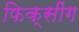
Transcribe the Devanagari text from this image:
फिक्सींग